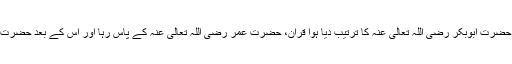
اصحابہ کرام سے منسوب روایتوں‌ میں درج ہے کہ حضرت ابوبکر رضی اللہ تعالی عنہ کا ترتیب دیا ہوا قران، حضرت عمر رضی اللہ تعالی عنہ کے پاس رہا اور اس کے بعد حضرت حفصہ بنت عمر رضی اللہ تعالی عنہا کے پاس رہا۔